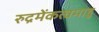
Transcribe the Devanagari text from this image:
रुद्रमेंकत्वमाहु